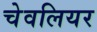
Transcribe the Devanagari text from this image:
चेवलियर